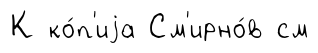
К ко́п'иjа См'ирно́в см